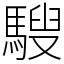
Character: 騪